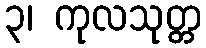
၃၊ ကုလသုတ္တ